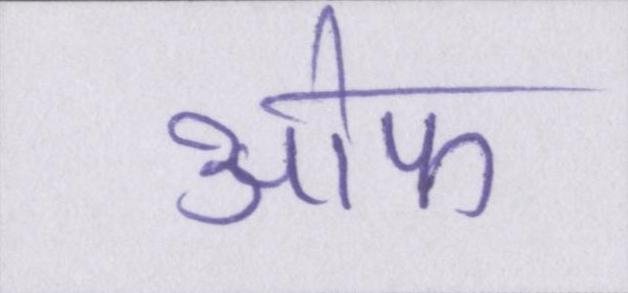
आ॓फ